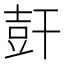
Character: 𰏩